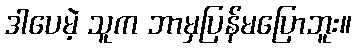
ဒါပေမဲ့ သူက ဘာမှပြန်မပြောဘူး။